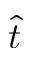
\hat { t }